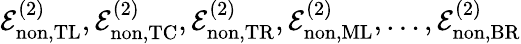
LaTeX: \mathcal{E}_{\mathrm{non},\mathrm{TL}}^{(2)},\mathcal{E}_{\mathrm{non},\mathrm{TC}}^{(2)},\mathcal{E}_{\mathrm{non},\mathrm{TR}}^{(2)},\mathcal{E}_{\mathrm{non},\mathrm{ML}}^{(2)},\dotsc,\mathcal{E}_{\mathrm{non},\mathrm{BR}}^{(2)}